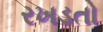
રખડતો